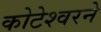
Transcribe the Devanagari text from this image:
कोटेश्वरने